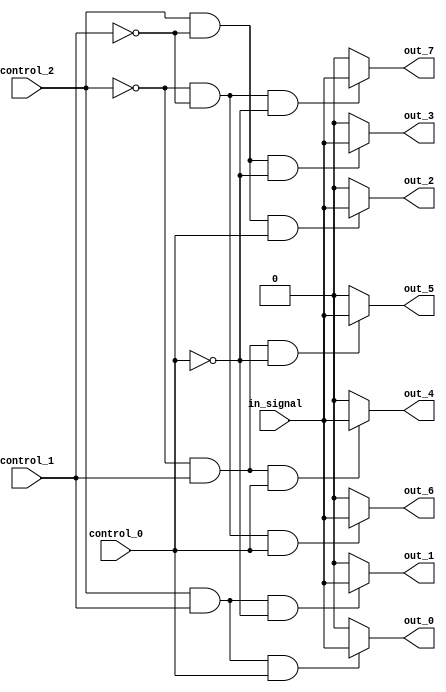
module demultiplexer_1to8(
    input wire  in_signal,
    input wire  control_0,
    input wire  control_1,
    input wire  control_2,
    output wire out_0,
    output wire out_1,
    output wire out_2,
    output wire out_3,
    output wire out_4,
    output wire out_5,
    output wire out_6,
    output wire out_7
);

assign out_0 = (control_2 & control_1 & control_0) ? in_signal : 1'b0;
assign out_1 = (control_2 & control_1 & ~control_0) ? in_signal : 1'b0;
assign out_2 = (control_2 & ~control_1 & control_0) ? in_signal : 1'b0;
assign out_3 = (control_2 & ~control_1 & ~control_0) ? in_signal : 1'b0;
assign out_4 = (~control_2 & control_1 & control_0) ? in_signal : 1'b0;
assign out_5 = (~control_2 & control_1 & ~control_0) ? in_signal : 1'b0;
assign out_6 = (~control_2 & ~control_1 & control_0) ? in_signal : 1'b0;
assign out_7 = (~control_2 & ~control_1 & ~control_0) ? in_signal : 1'b0;

endmodule